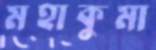
মহাকুমা